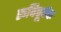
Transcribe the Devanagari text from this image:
रूचिपूर्वक